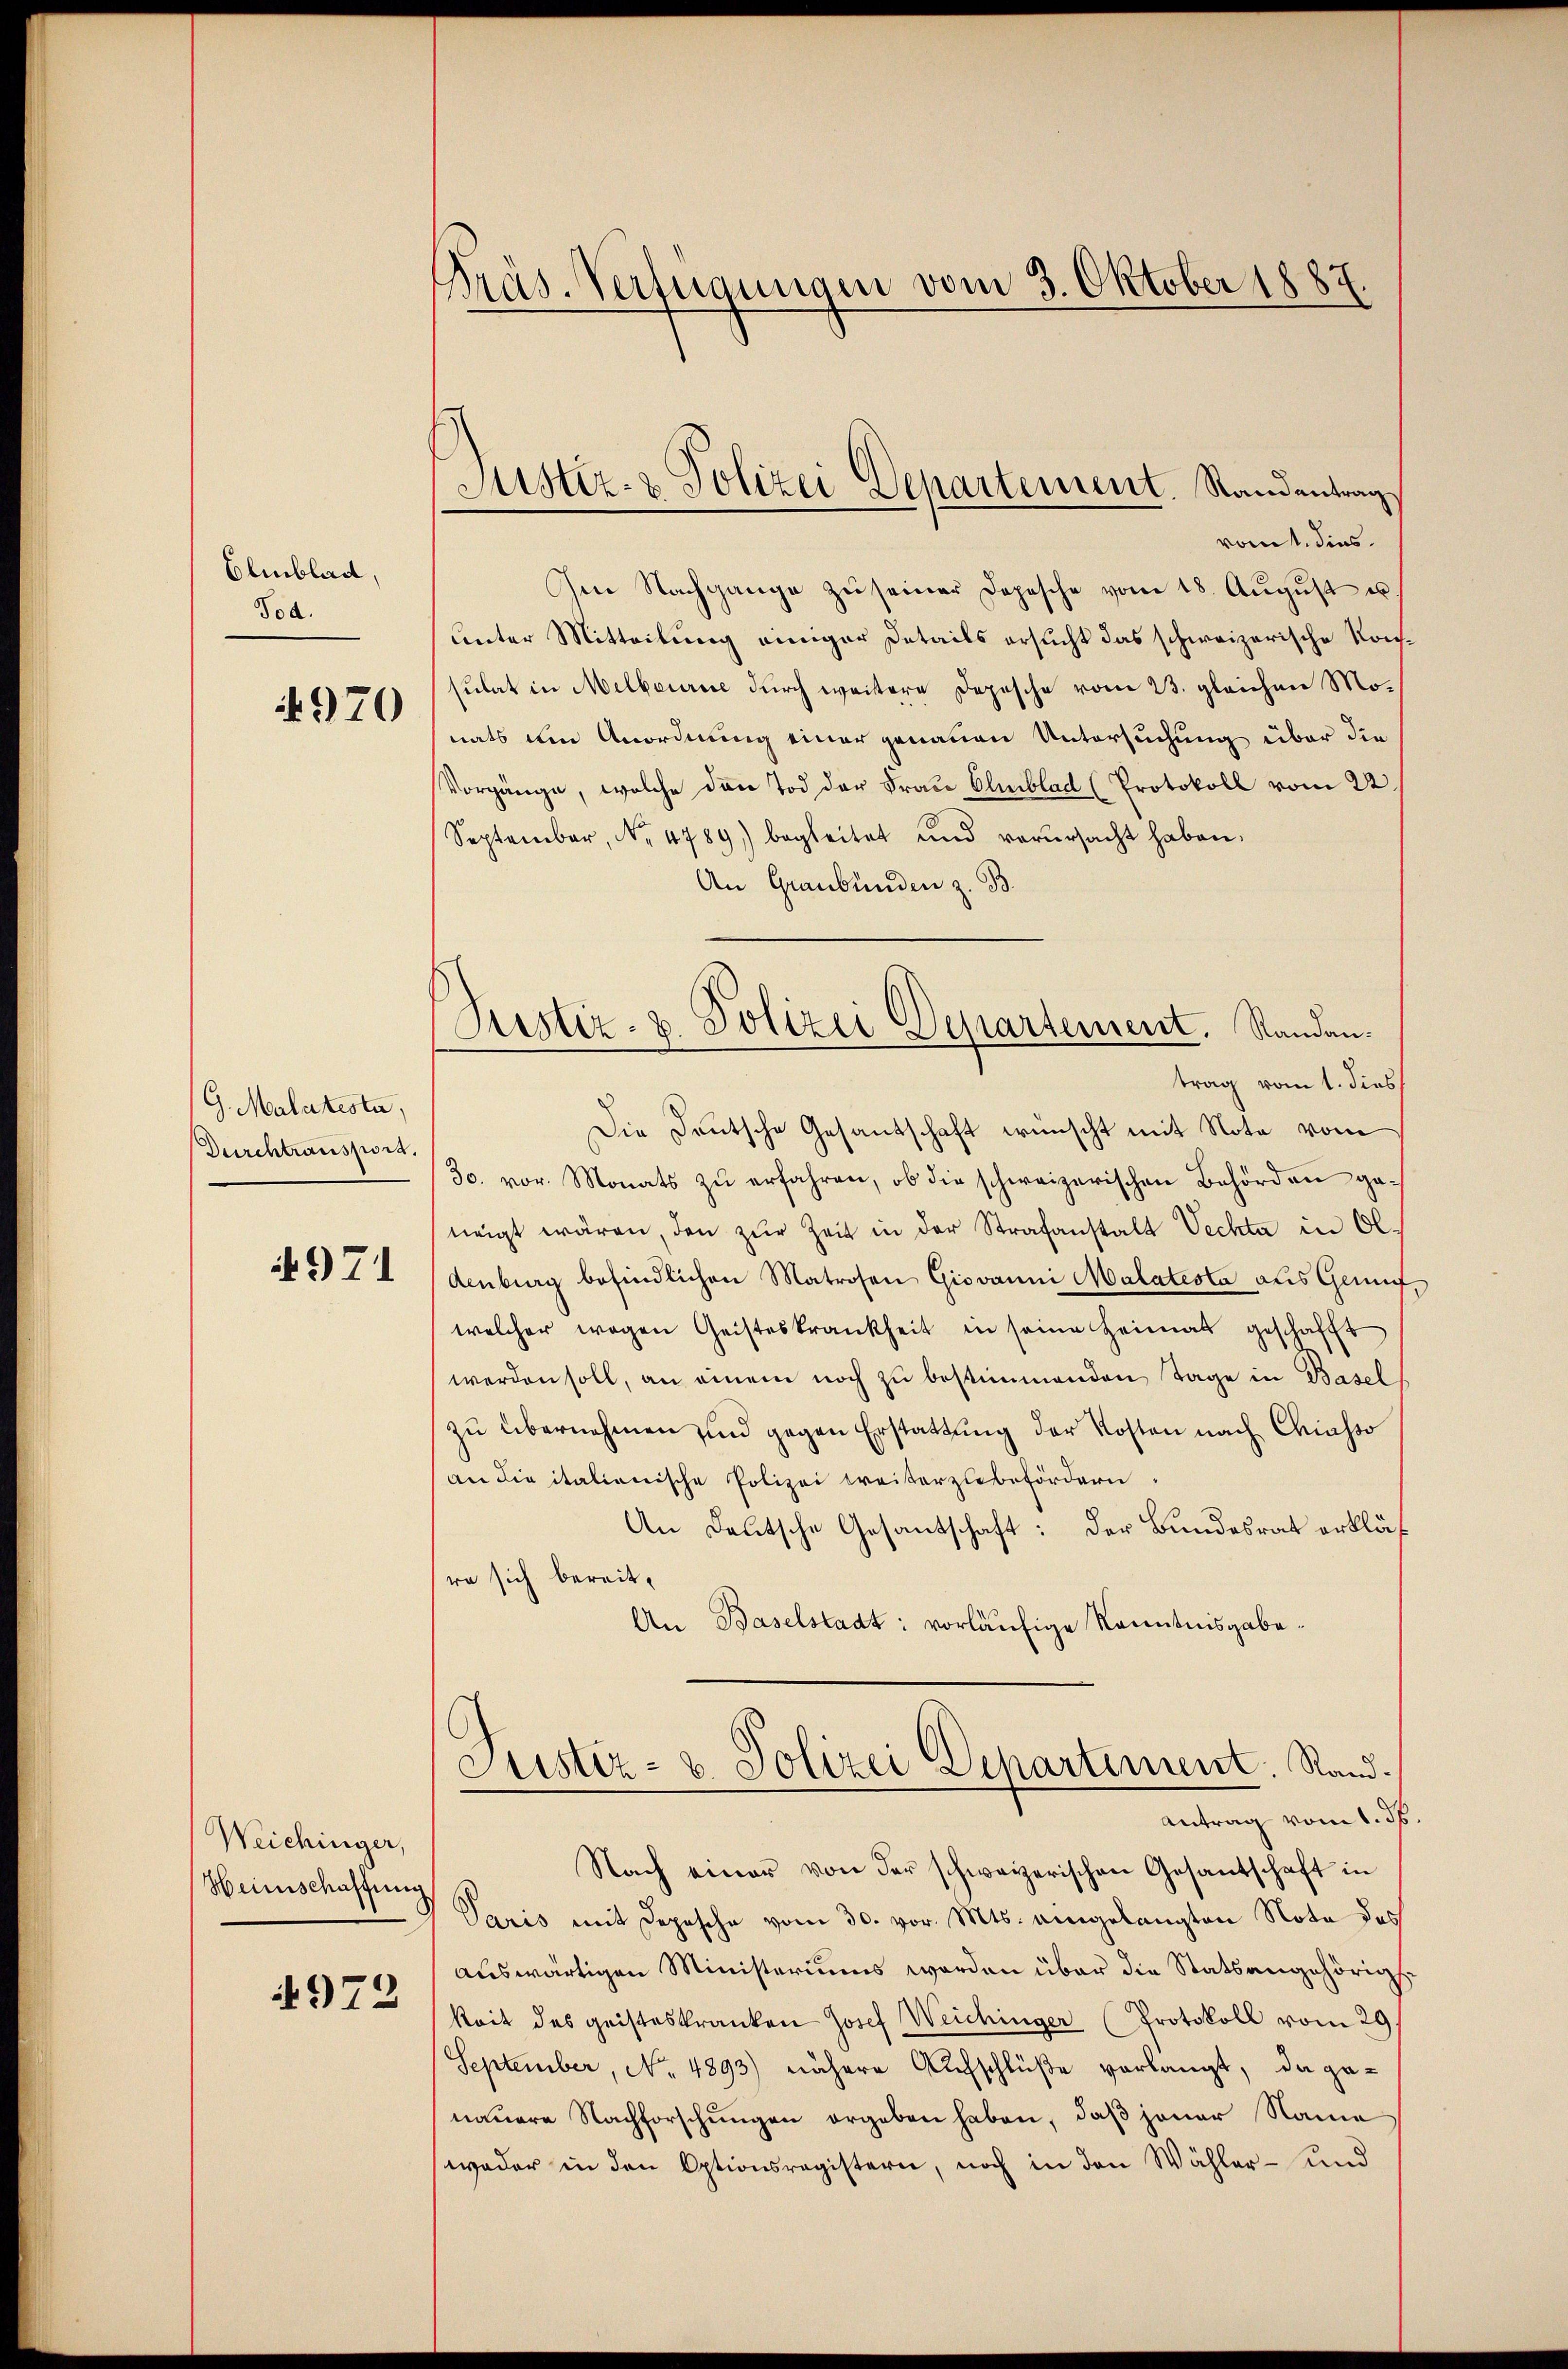
Elmblad,
Tod.
970

G. Malatesta
Durchtransport.

971

Weichinger,
Heimschaffung

972

Präs. Vernannam vom 3. Oktober 1887

Justiz- & Polizei Departement. Randantrag

Rustiz- & Polizei Departement. Randan¬

vom 1. dies
Ien Nachgange zŭ seiner Dopische vom 18. Aŭgŭst u.
unter Mitteilung einiger Details ersucht das schweizerische Konsulat in Melbeurice durch weitere Depesche vom 23. gleichen Monats um Anordnung einer genauen Untersuchung über die
Vorgänge, welche dann Tod der Frau Elmblad (Protokoll vom 22.
September, No. 4789) begleitet und verŭrsacht haben.
An Graubünden z. B.
trag vom 1. dies
Die Deutsche Gesantschaft wünscht mit Note vom
30. vor. Monats zŭ erfahren, ob die schweizerischen Behörden ge-
neigt wären, den zŭr Zeit in der Strafanstalt Vechta in Ol¬
Aenburg befindlichen Matrosen Giovanni Malatesta aus Genufwelcher wegen Geisteskrankheit in seine Heimat geschafft
werden soll, an einem noch zu bestimmenden Tage in Basel
zŭ übernehmen und gegen Erstattung der Kosten nach Chiasso
an die italienische Polizei weiterzubefördern,
An Deutsche Gesantschaft: Der Bundesrat erklär
re sich bereit,
An Baselstadt: vorläufige Kenntnisgabe¬
Justiz- & Polizei Departement. Stand.
Antrag vom 1. ds.
Nach einer von der schweizerischen Gesantschaft in
Paris mit Depesche vom 30. vor. Mts. eingelangten Note des
auswärtigen Ministeriums worden über die Statsangehörige
keit des geisteskranken Josef Weichinger (Protokoll vom 29.
September, No. 4893) nähere Aufschlüße vorlangt, da genauere Nachforschungen ergeben haben, daß jener Name
weder in den Optionsregistern, noch in den Wähler- und